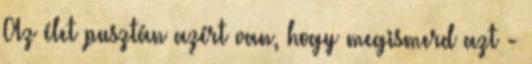
Az élet pusztán azért van, hogy megismerd azt -